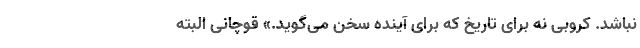
نباشد. کروبی نه برای تاریخ که برای آینده سخن می‌گوید.» قوچانی البته